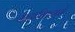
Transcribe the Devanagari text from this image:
महाविष्णुसे